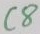
Text: C8